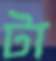
টা